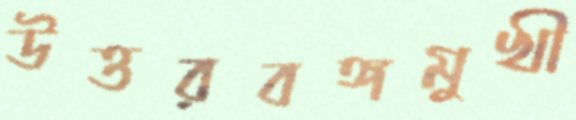
উত্তরবঙ্গমুখী